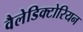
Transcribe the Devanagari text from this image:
वैलेडिक्टोरियन